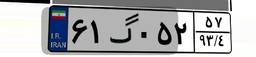
۶۱گ۰۵۲۵۷